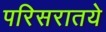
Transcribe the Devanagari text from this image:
परिसरातये